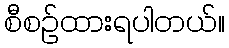
စီစဉ်ထားရပါတယ်။